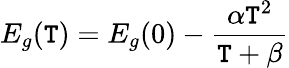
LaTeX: E_{g}(\mathtt{T})=E_{g}(0)-{\frac{{\alpha\mathtt{T}^{2}}}{{\mathtt{T}+\beta}}}